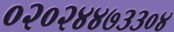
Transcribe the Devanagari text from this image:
०२०२४४७३३०४